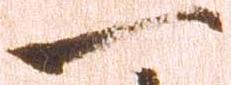
一